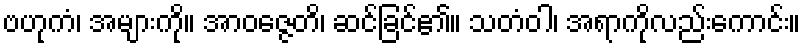
ဗဟုကံ၊ အများကို။ အာဝဇ္ဇေတိ၊ ဆင်ခြင်၏။ သတံဝါ၊ အရာကိုလည်းကောင်း။